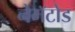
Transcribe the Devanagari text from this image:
नेमॅटोड